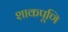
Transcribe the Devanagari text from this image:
शाकपूणि